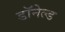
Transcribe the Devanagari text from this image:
डॉनेल्ड